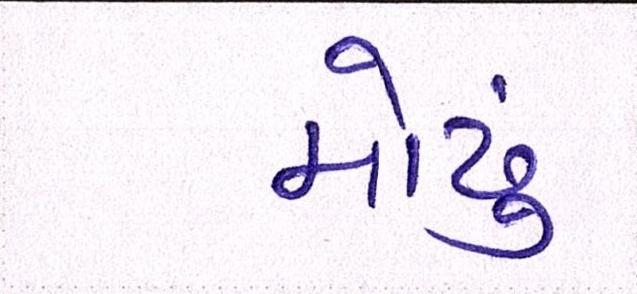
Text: મોઢું